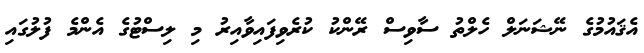
އެޤައުމުގެ ނޭޝަނަލް ހެލްތު ސާވިސް ރޭންކު ކުރެވިފައިވާއިރު މި ލިސްޓުގެ އެންމެ ފުލުގައި